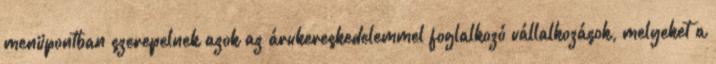
menüpontban szerepelnek azok az árukereskedelemmel foglalkozó vállalkozások, melyeket a